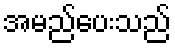
အမည်ပေးသည်